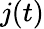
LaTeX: j(t)